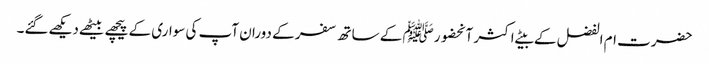
حضرت ام الفضل کے بیٹے اکثر آنحضورﷺ کے ساتھ سفر کے دوران آپ کی سواری کے پیچھے بیٹھےدیکھےگئے۔